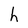
Character: h